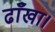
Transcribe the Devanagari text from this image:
ढाँखा।